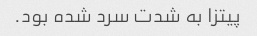
پیتزا به شدت سرد شده بود.